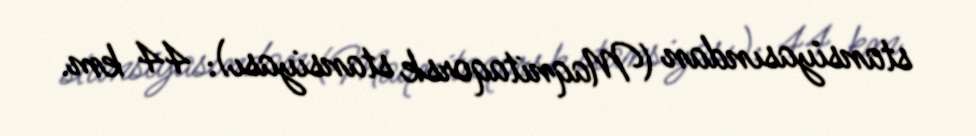
stansiyasından (Maqnitaqorsk stansiyası): 44 km.